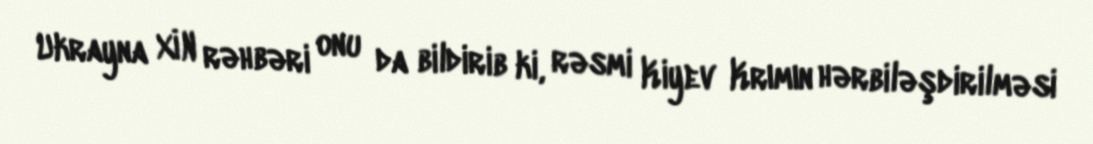
Ukrayna XİN rəhbəri onu da bildirib ki, rəsmi Kiyev Krımın hərbiləşdirilməsi